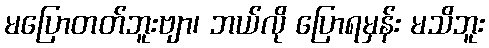
မပြောတတ်ဘူးဗျာ၊ ဘယ်လို ပြောရမှန်း မသိဘူး